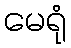
မေရုံ